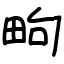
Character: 㽛